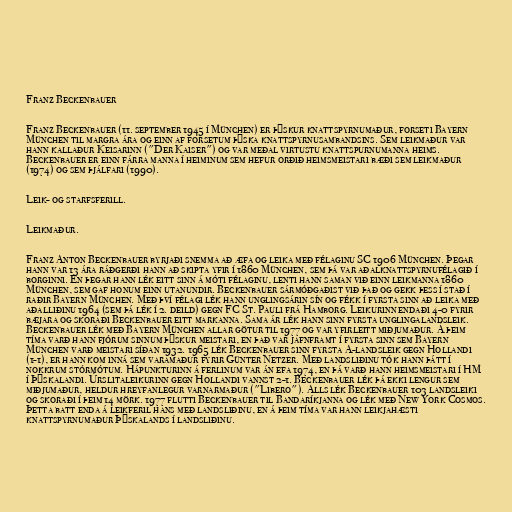
Franz Beckenbauer

Franz Beckenbauer (11. september 1945 í München) er þýskur knattspyrnumaður, forseti Bayern
München til margra ára og einn af forsetum þýska knattspyrnusambandsins. Sem leikmaður var
hann kallaður Keisarinn ("Der Kaiser") og var meðal virtustu knattspurnumanna heims.
Beckenbauer er einn fárra manna í heiminum sem hefur orðið heimsmeistari bæði sem leikmaður
(1974) og sem þjálfari (1990).

Leik- og starfsferill.

Leikmaður.

Franz Anton Beckenbauer byrjaði snemma að æfa og leika með félaginu SC 1906 München. Þegar
hann var 13 ára ráðgerði hann að skipta yfir í 1860 München, sem þá var aðalknattspyrnufélagið í
borginni. En þegar hann lék eitt sinn á móti félaginu, lenti hann saman við einn leikmanna 1860
München, sem gaf honum einn utanundir. Beckenbauer sármóðgaðist við það og gekk þess í stað í
raðir Bayern München. Með því félagi lék hann unglingsárin sín og fékk í fyrsta sinn að leika með
aðalliðinu 1964 (sem þá lék í 2. deild) gegn FC St. Pauli frá Hamborg. Leikurinn endaði 4-0 fyrir
bæjara og skoraði Beckenbauer eitt markanna. Sama ár lék hann sinn fyrsta unglingalandsleik.
Beckenbauer lék með Bayern München allar götur til 1977 og var yfirleitt miðjumaður. Á þeim
tíma varð hann fjórum sinnum þýskur meistari, en það var jafnframt í fyrsta sinn sem Bayern
München varð meistari síðan 1932. 1965 lék Beckenbauer sinn fyrsta A-landsleik gegn Hollandi
(1-1), er hann kom inná sem varamaður fyrir Günter Netzer. Með landsliðinu tók hann þátt í
nokkrum stórmótum. Hápunkturinn á ferlinum var án efa 1974, en þá varð hann heimsmeistari í HM
í Þýskalandi. Úrslitaleikurinn gegn Hollandi vannst 2-1. Beckenbauer lék þá ekki lengur sem
miðjumaður, heldur hreyfanlegur varnarmaður ("Libero"). Alls lék Beckenbauer 103 landsleiki
og skoraði í þeim 14 mörk. 1977 flutti Beckenbauer til Bandaríkjanna og lék með New York Cosmos.
Þetta batt enda á leikferil hans með landsliðinu, en á þeim tíma var hann leikjahæsti
knattspyrnumaður Þýskalands í landsliðinu.